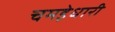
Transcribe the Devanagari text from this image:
चमड़ेधारी